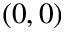
( 0 , 0 )